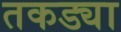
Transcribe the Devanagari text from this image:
तकड्या